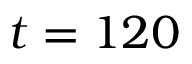
t = 1 2 0